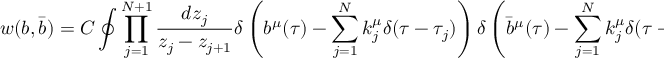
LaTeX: w ( b , \bar { b } ) = C \oint \prod _ { j = 1 } ^ { N + 1 } { \frac { d z _ { j } } { z _ { j } - z _ { j + 1 } } } \delta \left( b ^ { \mu } ( \tau ) - \sum _ { j = 1 } ^ { N } k _ { j } ^ { \mu } \delta ( \tau - \tau _ { j } ) \right) \delta \left( \bar { b } ^ { \mu } ( \tau ) - \sum _ { j = 1 } ^ { N } k _ { j } ^ { \mu } \delta ( \tau - \tau _ { j } ) \right)